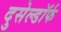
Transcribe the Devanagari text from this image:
दुसेल्डॉर्फ